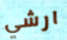
ارشي